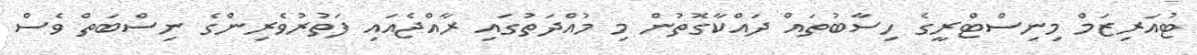
ޓުއަރިޒަމް މިނިސްޓްރީގެ ހިސާބުތައް ދައްކާގޮތުން މި މުއްދަތުގައި ރާއްޖެއައި ފަތުރުވެރިންގެ ނިސްބަތް ވެސް